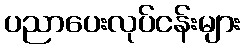
ပညာပေးလုပ်ငန်းများ